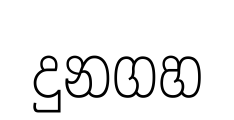
දුනගහ